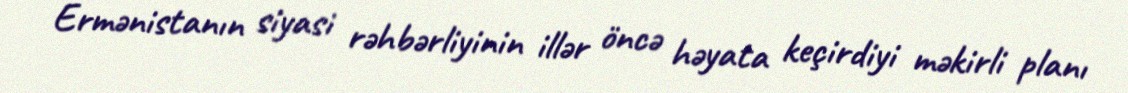
Ermənistanın siyasi rəhbərliyinin illər öncə həyata keçirdiyi məkirli planı